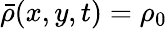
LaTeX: \bar{\rho}(x,y,t)=\rho_{0}